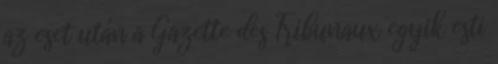
az eset után a Gazette des Tribunaux egyik esti